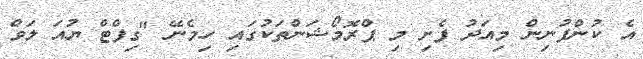
އެ ކުންފުނިން މިއަދު ފެށި މި ޕްރޮމޯޝަންތަކުގައި ހިމެނޭ "ގިފްޓް ޔުއަ ލަވް